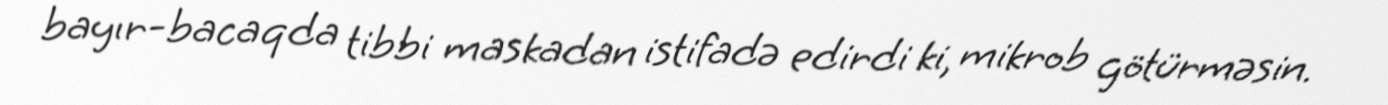
bayır-bacaqda tibbi maskadan istifadə edirdi ki, mikrob götürməsin.